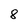
Character: 8